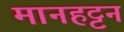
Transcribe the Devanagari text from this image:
मानहट्टन